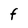
Character: f